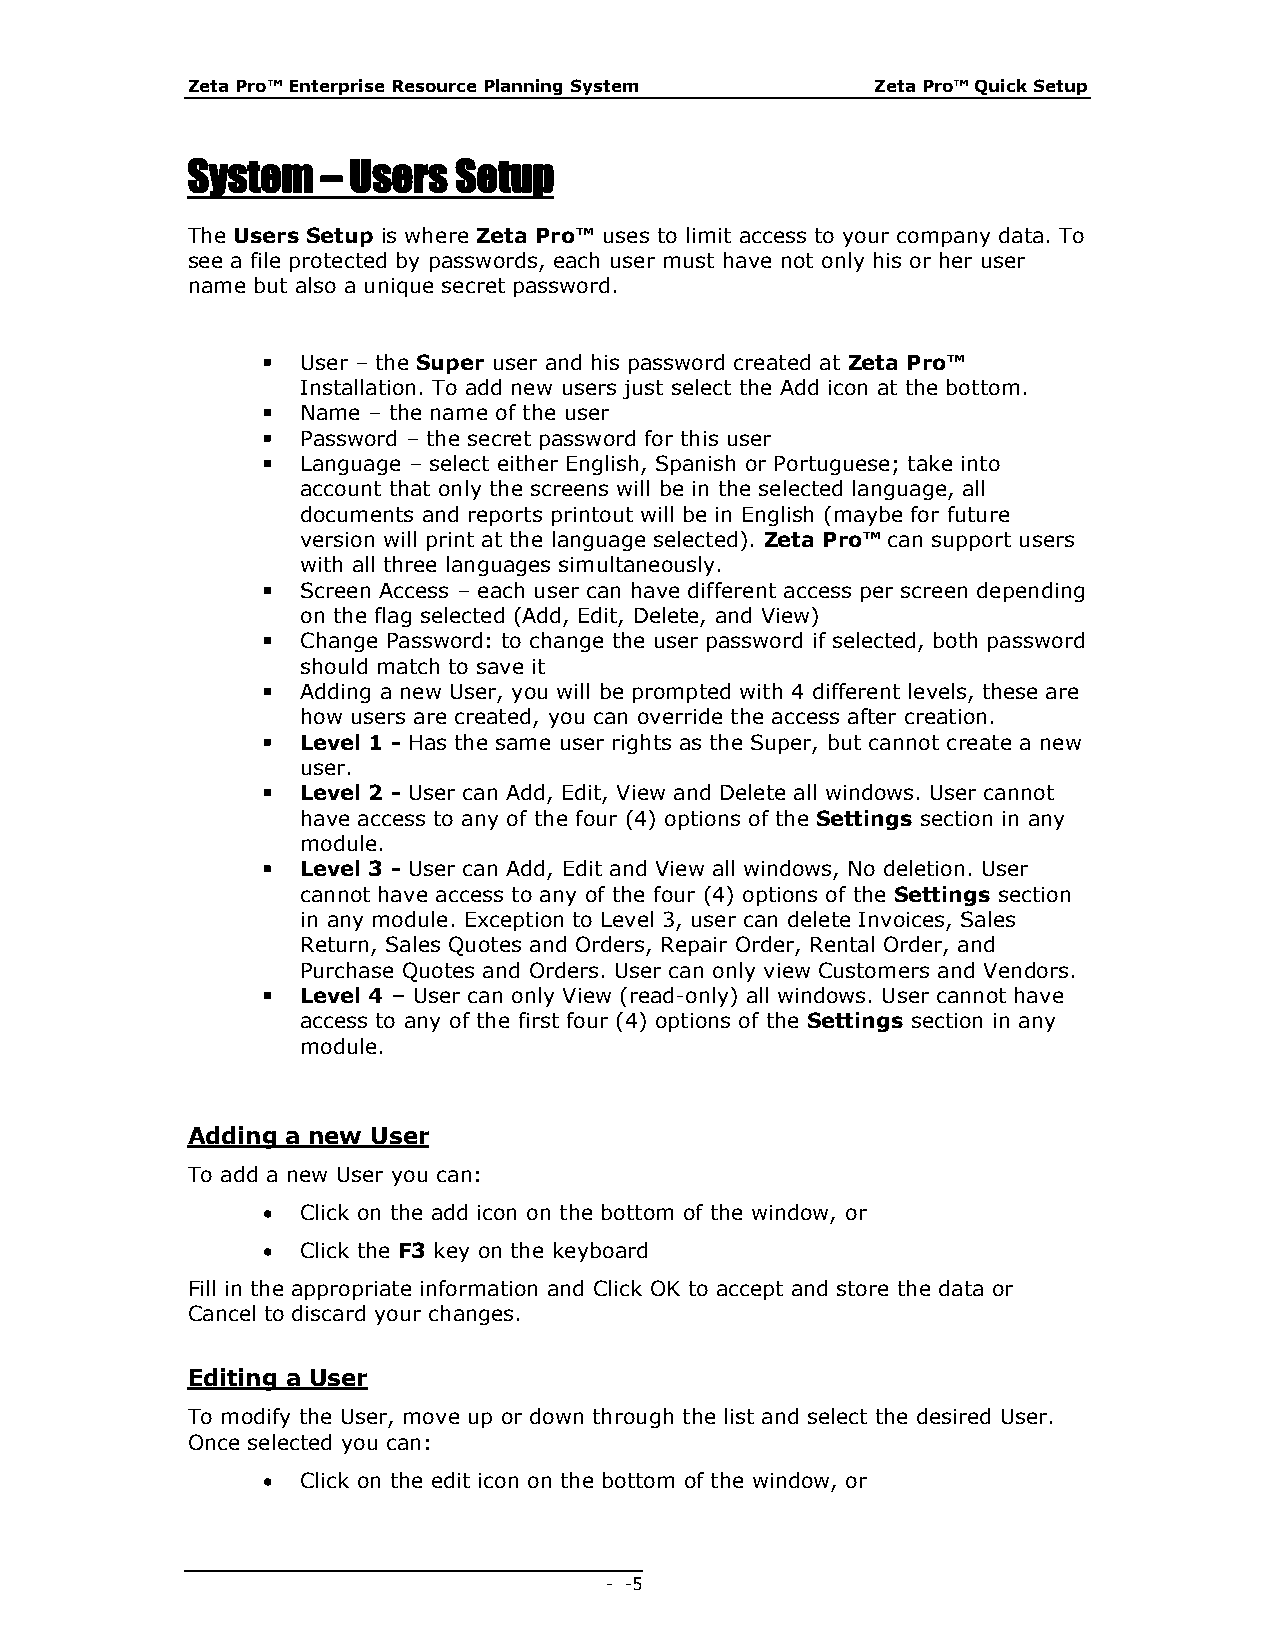
Zeta Pro™ Enterprise Resource Planning System Zeta Pro™ Quick Setup
 System   – Users  Setup
 The Users Setup is where Zeta Pro™ uses to limit access to your company data. To
 see a file protected by passwords, each user must have not only his or her user
 name but also a unique secret password.
   User – the Super user and his password created at Zeta Pro™
 Installation. To add new users just select the Add icon at the bottom.
   Name – the name of the user
   Password – the secret password for this user
   Language – select either English, Spanish or Portuguese; take into
 account that only the screens will be in the selected language, all
 documents and reports printout will be in English (maybe for future
 version will print at the language selected). Zeta Pro™ can support users
 with all three languages simultaneously.
   Screen Access – each user can have different access per screen depending
 on the flag selected (Add, Edit, Delete, and View)
   Change Password: to change the user password if selected, both password
 should match to save it
   Adding a new User, you will be prompted with 4 different levels, these are
 how users are created, you can override the access after creation.
   Level 1 - Has the same user rights as the Super, but cannot create a new
 user.
   Level 2 - User can Add, Edit, View and Delete all windows. User cannot
 have access to any of the four (4) options of the Settings section in any
 module.
   Level 3 - User can Add, Edit and View all windows, No deletion. User
 cannot have access to any of the four (4) options of the Settings section
 in any module. Exception to Level 3, user can delete Invoices, Sales
 Return, Sales Quotes and Orders, Repair Order, Rental Order, and
 Purchase Quotes and Orders. User can only view Customers and Vendors.
   Level 4 – User can only View (read-only) all windows. User cannot have
 access to any of the first four (4) options of the Settings section in any
 module.
 Adding a new User
 To add a new User you can:
   Click on the add icon on the bottom of the window, or
   Click the F3 key on the keyboard
 Fill in the appropriate information and Click OK to accept and store the data or
 Cancel to discard your changes.
 Editing a User
 To modify the User, move up or down through the list and select the desired User.
 Once selected you can:
   Click on the edit icon on the bottom of the window, or
 - - 5